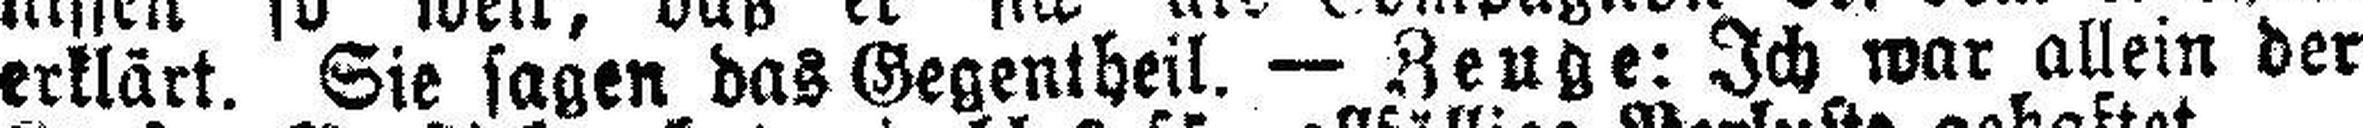
erklärt. Sie sagen das Gegentheil. — Zeuge: Ich war allein der